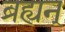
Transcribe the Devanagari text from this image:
ब्रह्यन्‌